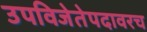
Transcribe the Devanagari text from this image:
उपविजेतेपदावरच